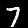
Label: 7